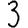
Digit: 3